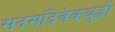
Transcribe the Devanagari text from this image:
सदसद्विवेकबुद्धी